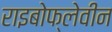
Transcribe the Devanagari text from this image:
राइबोफ्लेवीन